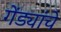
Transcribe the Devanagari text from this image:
गेंड्यांचे